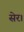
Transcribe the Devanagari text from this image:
सेर।